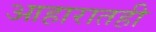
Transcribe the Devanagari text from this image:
आहारातही